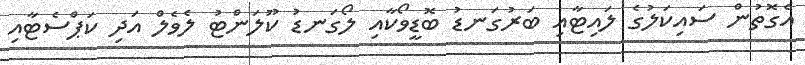
އެގޮތުން ސައިކަލުގެ ލައިޓާއި ބަރުގަނޑު ބޮޑީވޯކާއި ލޯގަނޑު ކޫލަންޓު ލެވެލް އަދި ކަޕްސެޓާއި